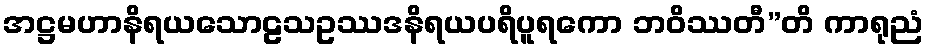
အဋ္ဌမဟာနိရယသောဠသဥဿဒနိရယပရိပူရကော ဘဝိဿတီ”တိ ကာရုညံ